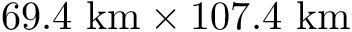
6 9 . 4 ~ \mathrm { k m } \times 1 0 7 . 4 ~ \mathrm { k m }